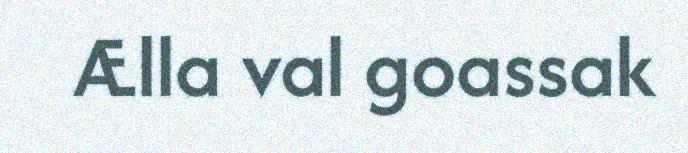
Ælla val goassak